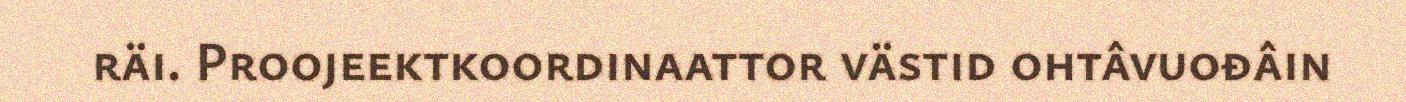
räi. Proojeektkoordinaattor västid ohtâvuođâin